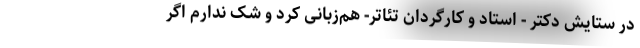
در ستایش دکتر - استاد و کارگردان تئاتر- هم‌زبانی کرد و شک ندارم اگر